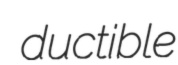
ductible